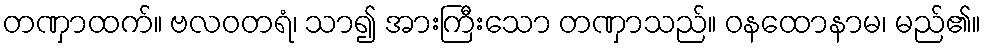
တဏှာထက်။ ဗလဝတရံ၊ သာ၍ အားကြီးသော တဏှာသည်။ ဝနထောနာမ၊ မည်၏။